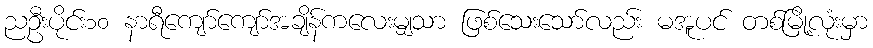
ညဦးပိုင်း၁၀ နာရီကျော်ကျော်အချိန်ကလေးမျှသာ ဖြစ်သေးသော်လည်း မအူပင် တစ်မြို့လုံးမှာ